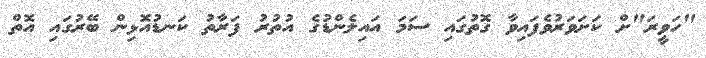
"ހަވީރަ"ށް ކަށަވަރުވެފައިވާ ގޮތުގައި ސަމަ އައިލެންޑުގެ އުތުރު ފަރާތު ކަނޑުއޮޅިން ބޭރުގައި އޮތް